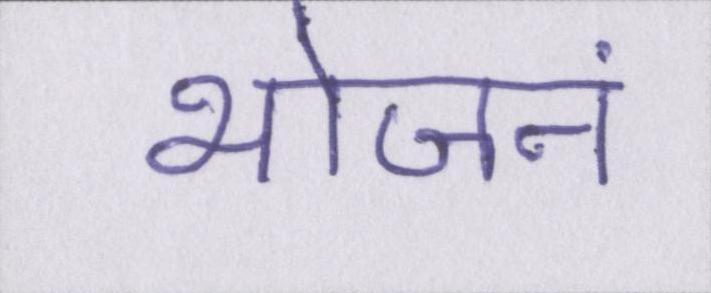
भोजनं